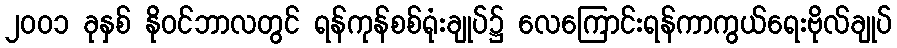
၂၀၀၁ ခုနှစ် နိုဝင်ဘာလတွင် ရန်ကုန်စစ်ရုံးချုပ်၌ လေကြောင်းရန်ကာကွယ်ရေးဗိုလ်ချုပ်